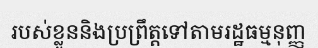
របស់ខ្លូននិងប្រព្រឹត្តទៅតាមរដ្ឋធម្មនុញ្ញ